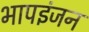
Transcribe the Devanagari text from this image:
भापइंजन